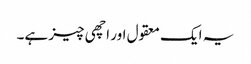
یہ ایک معقول اور اچھی چیز ہے۔